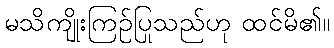
မသိကျိုးကြဉ်ပြုသည်ဟု ထင်မိ၏။